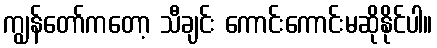
ကျွန်တော်ကတော့ သီချင်း ကောင်းကောင်းမဆိုနိုင်ပါ။